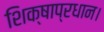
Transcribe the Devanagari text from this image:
शिक्षाप्रधान।